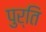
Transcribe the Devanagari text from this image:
पुर्ति